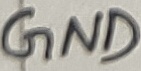
Text: GND